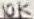
Text: 10K